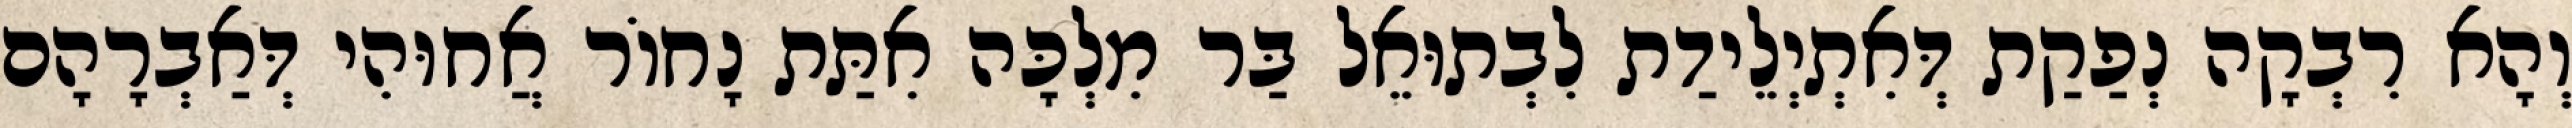
וְהָא רִבְקָה נְפַקַת דְּאִתְיְלֵידַת לִבְתוּאֵל בַּר מִלְכָּה אִתַּת נָחוֹר אֲחוּהִי דְּאַבְרָהָם